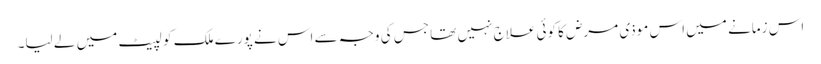
اس زمانے میں اس موذی مرض کا کوئی علاج نہیں تھا جس کی وجہ سے اس نے پورے ملک کو لپیٹ میں لے لیا۔